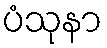
ပံသုနာ